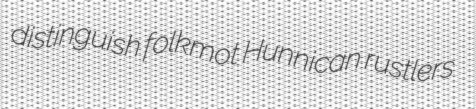
distinguish folkmot Hunnican rustlers